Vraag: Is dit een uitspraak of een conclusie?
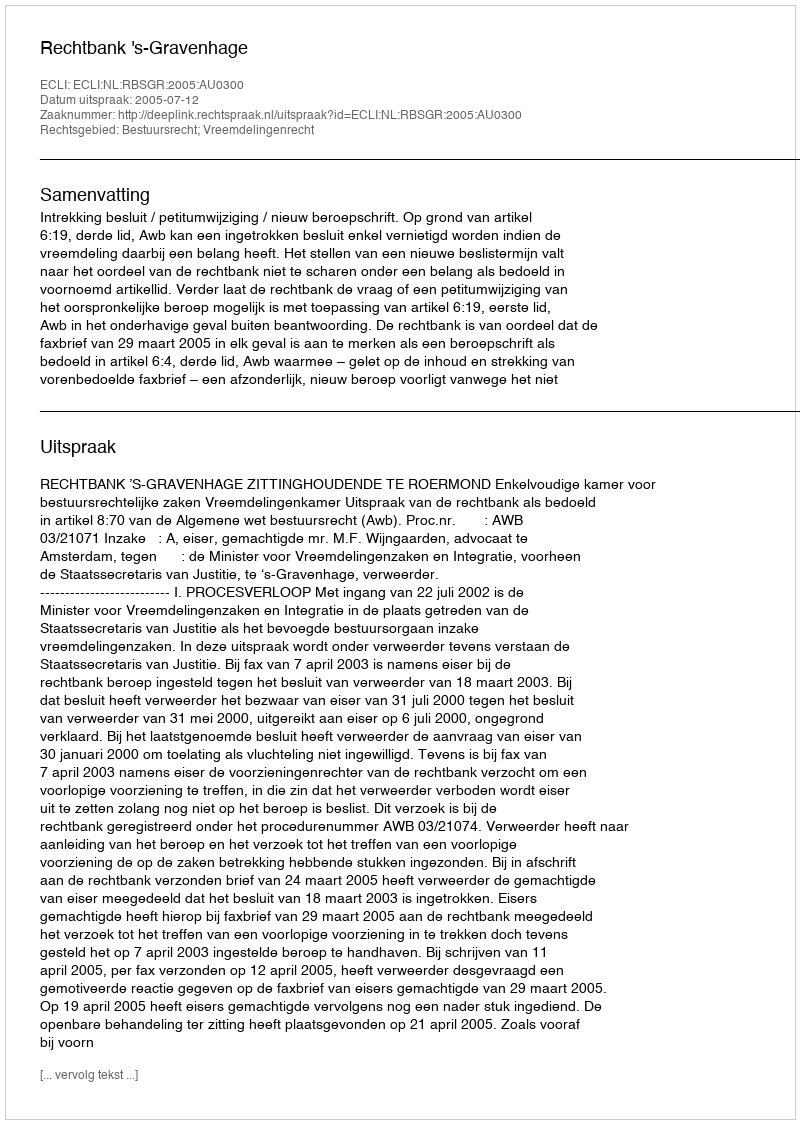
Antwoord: Uitspraak